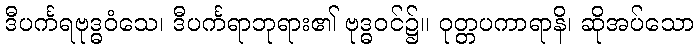
ဒီပင်္ကရဗုဒ္ဓဝံသေ၊ ဒီပင်္ကရာဘုရား၏ ဗုဒ္ဓဝင်၌။ ဝုတ္တပကာရာနိ၊ ဆိုအပ်သော